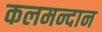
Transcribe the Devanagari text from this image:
कलमन्दान